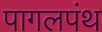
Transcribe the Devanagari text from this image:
पागलपंथ